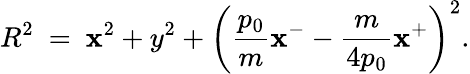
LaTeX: R^{2}~=~\mathbf{x}^{2}+y^{2}+\left({\frac{{p_{0}}}{{m}}}\mathbf{x}^{-}-{\frac{{m}}{{4p_{0}}}}\mathbf{x}^{+}\right)^{2}.